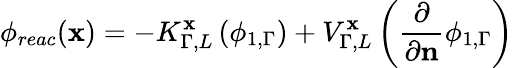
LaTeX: \phi_{reac}(\mathbf{x})=-K_{\Gamma,L}^{\mathbf{x}}\left(\phi_{1,\Gamma}\right)+V_{\Gamma,L}^{\mathbf{x}}\left(\frac{\partial}{\partial\mathbf{n}}\phi_{1,\Gamma}\right)